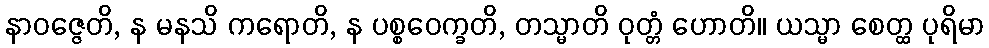
နာဝဇ္ဇေတိ, န မနသိ ကရောတိ, န ပစ္စဝေက္ခတိ, တသ္မာတိ ဝုတ္တံ ဟောတိ။ ယသ္မာ စေတ္ထ ပုရိမာ